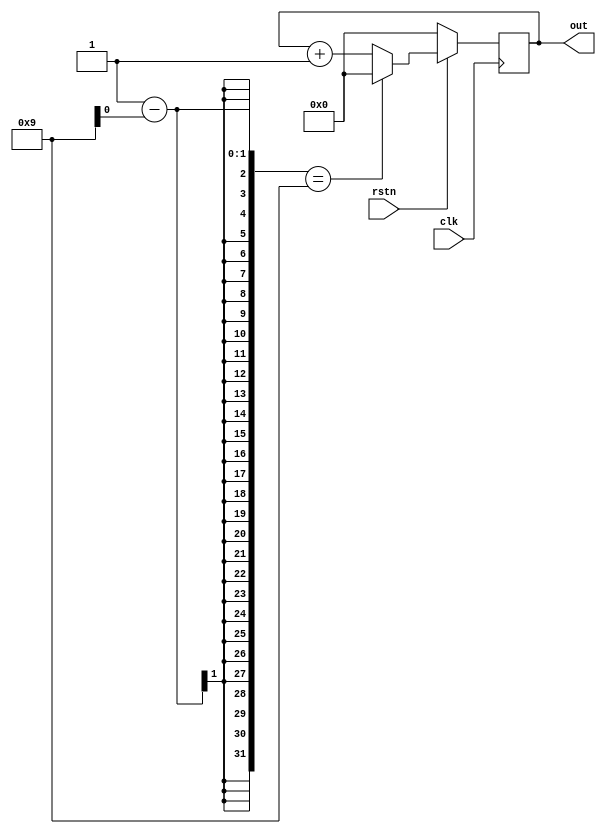
module modN_ctr  
  # (parameter N = 10,  
     parameter WIDTH = 4)  
  
  ( input   clk,  
    input   rstn,  
    output  reg[WIDTH-1:0] out);  
  
  always @ (posedge clk) begin  
    if (!rstn) begin  
      out <= 0;  
    end else begin  
      if (o-ut == N-1)  
        out <= 0;  
      else  
        out <= out + 1;  
    end  
  end  
endmodule